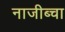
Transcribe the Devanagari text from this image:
नाजीब्चा